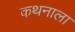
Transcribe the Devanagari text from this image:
कथनाला